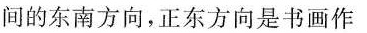
间的东南方向，正东方向是书画作